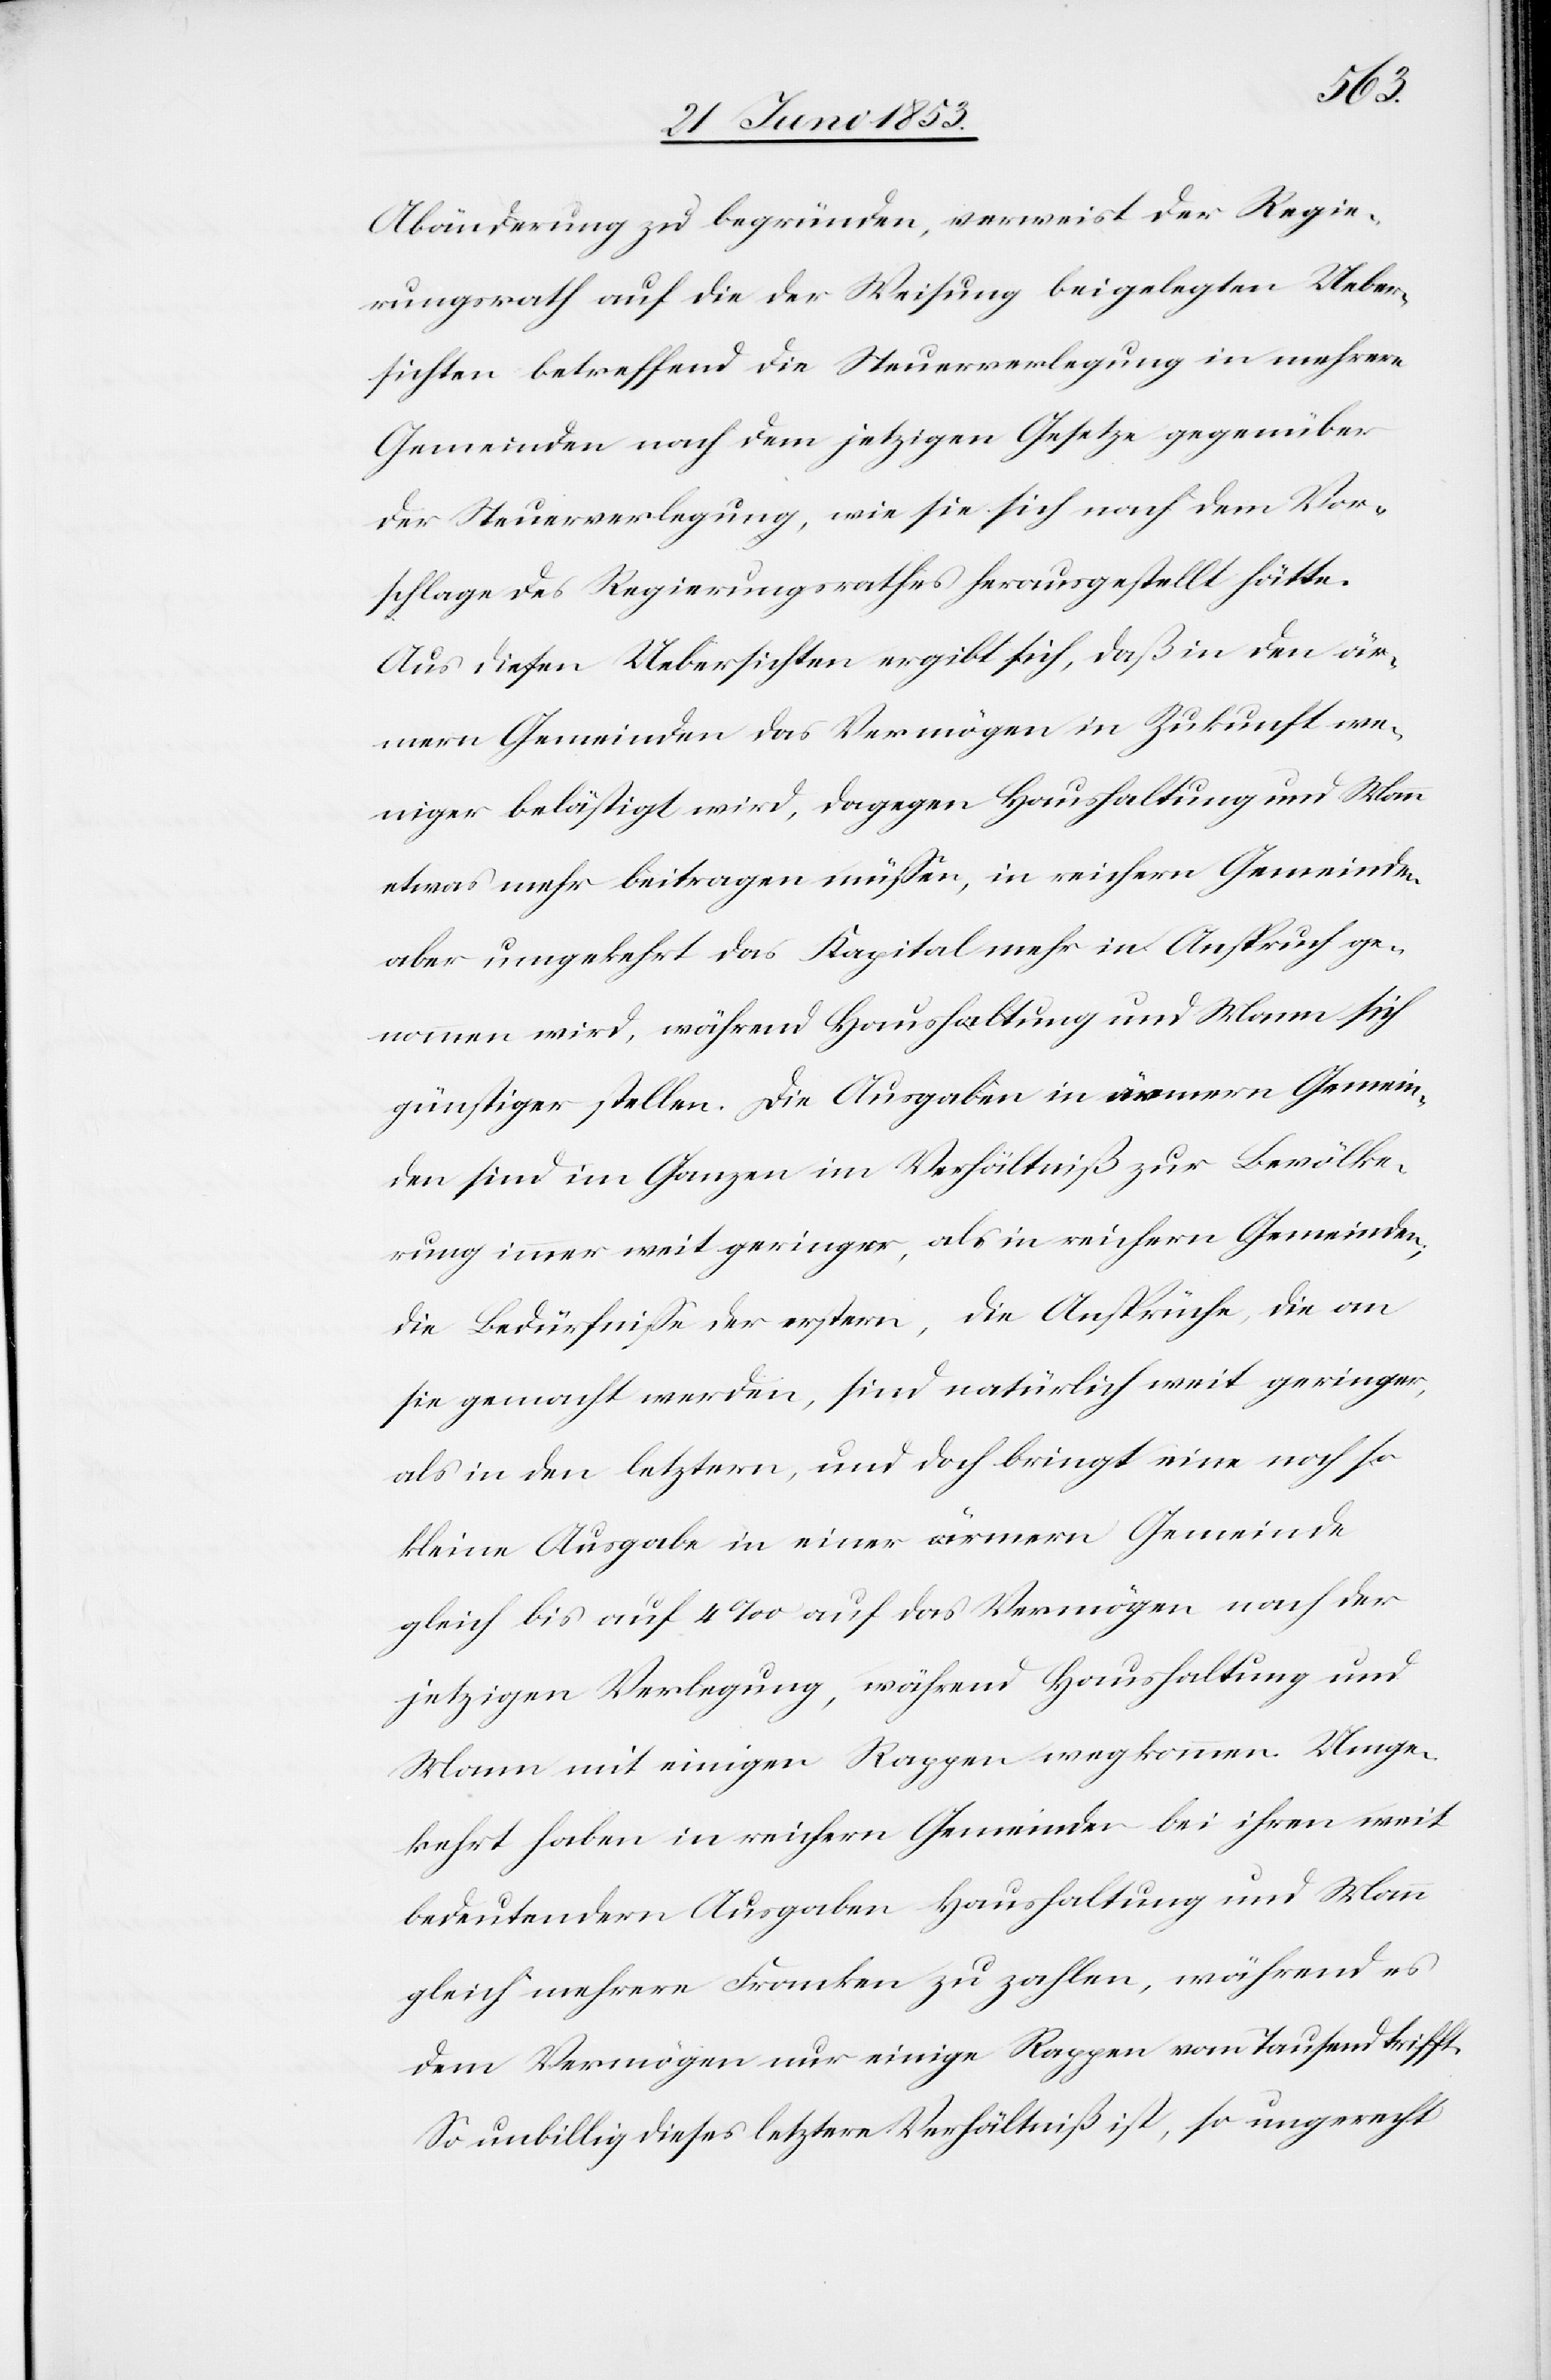
Abänderung zu begründen, verweist der Regie¬
rungsrath auf die der Weisung beigelegten Ueber¬
sichten betreffend die Steuerverlegung in mehrere
Gemeinden nach dem jetzigen Gesetze gegenüber
der Steuerverlegung, wie sie sich nach dem Vor¬
schlage des Regierungsrathes herausgestellt hätte.
Aus diesen Uebersichten ergibt sich, daß in den är¬
mern Gemeinden das Vermögen in Zukunft we¬
niger belästigt wird, dagegen Haushaltung und Mann
etwas mehr beitragen müßen, in reichern Gemeinden,
aber umgekehrt das Kapital mehr in Anspruch ge¬
nommen wird, während Haushaltung und Mann sich
günstiger stellen. Die Ausgaben in ärmern Gemein¬
den sind im Ganzen im Verhältniß zur Bevölke¬
rung immer weit geringer, als in reichern Gemeinden,
die Bedürfniße der erstern, die Ansprüche, die an
sie gemacht werden, sind natürlich weit geringer,
als in den letztern, und doch bringt eine noch so
kleine Ausgabe in einer ärmern Gemeinde
gleich bis auf 4 ‰ auf das Vermögen nach der
jetzigen Verlegung, während Haushaltung und
Mann mit einigen Rappen wegkommen. Umge¬
kehrt haben in reichern Gemeinden bei ihren weit
bedeutendern Ausgaben Haushaltung und Mann
gleich mehrere Franken zu zahlen, während es
dem Vermögen nur einige Rappen von Tausend trifft.
So unbillig dieses letztere Verhältniß ist, so ungerecht